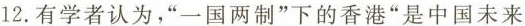
12.有学者认为，”一国两制”下的香港”是中国未来